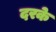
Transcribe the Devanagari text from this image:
दरके